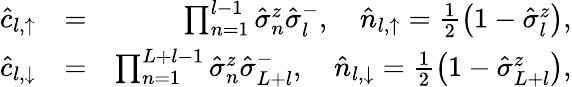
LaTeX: \begin{array}{rlr}{\hat{c}_{l,\uparrow}}&{=}&{\prod_{n=1}^{l-1}\hat{\sigma}_{n}^{z}\hat{\sigma}_{l}^{-},\quad\hat{n}_{l,\uparrow}=\frac{1}{2}\left(1-\hat{\sigma}_{l}^{z}\right),}\\ {\hat{c}_{l,\downarrow}}&{=}&{\prod_{n=1}^{L+l-1}\hat{\sigma}_{n}^{z}\hat{\sigma}_{L+l}^{-},\quad\hat{n}_{l,\downarrow}=\frac{1}{2}\left(1-\hat{\sigma}_{L+l}^{z}\right),}\end{array}